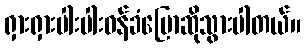
ရှားရှားပါးပါးဝန်ခံပြောဆိုသွားပါတယ်။